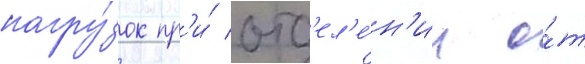
нагру́зок пр'и́ отд'ел'е́н'ии о́т